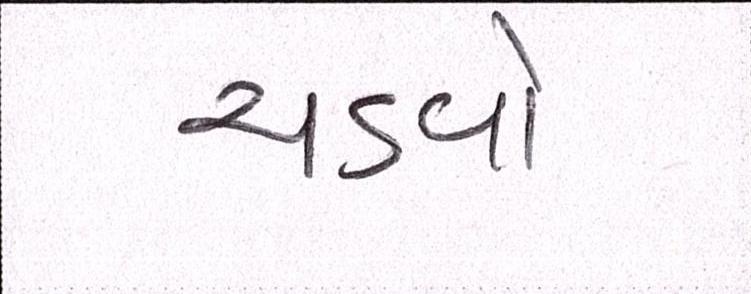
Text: ચડવો